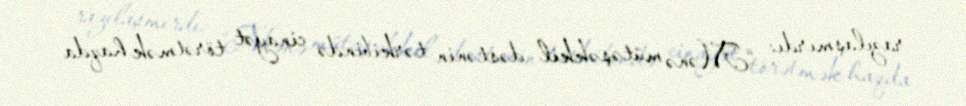
razılaşmırdı: “Mənə mütəşəkkil dəstənin tərkibində cinayət törətmək haqda